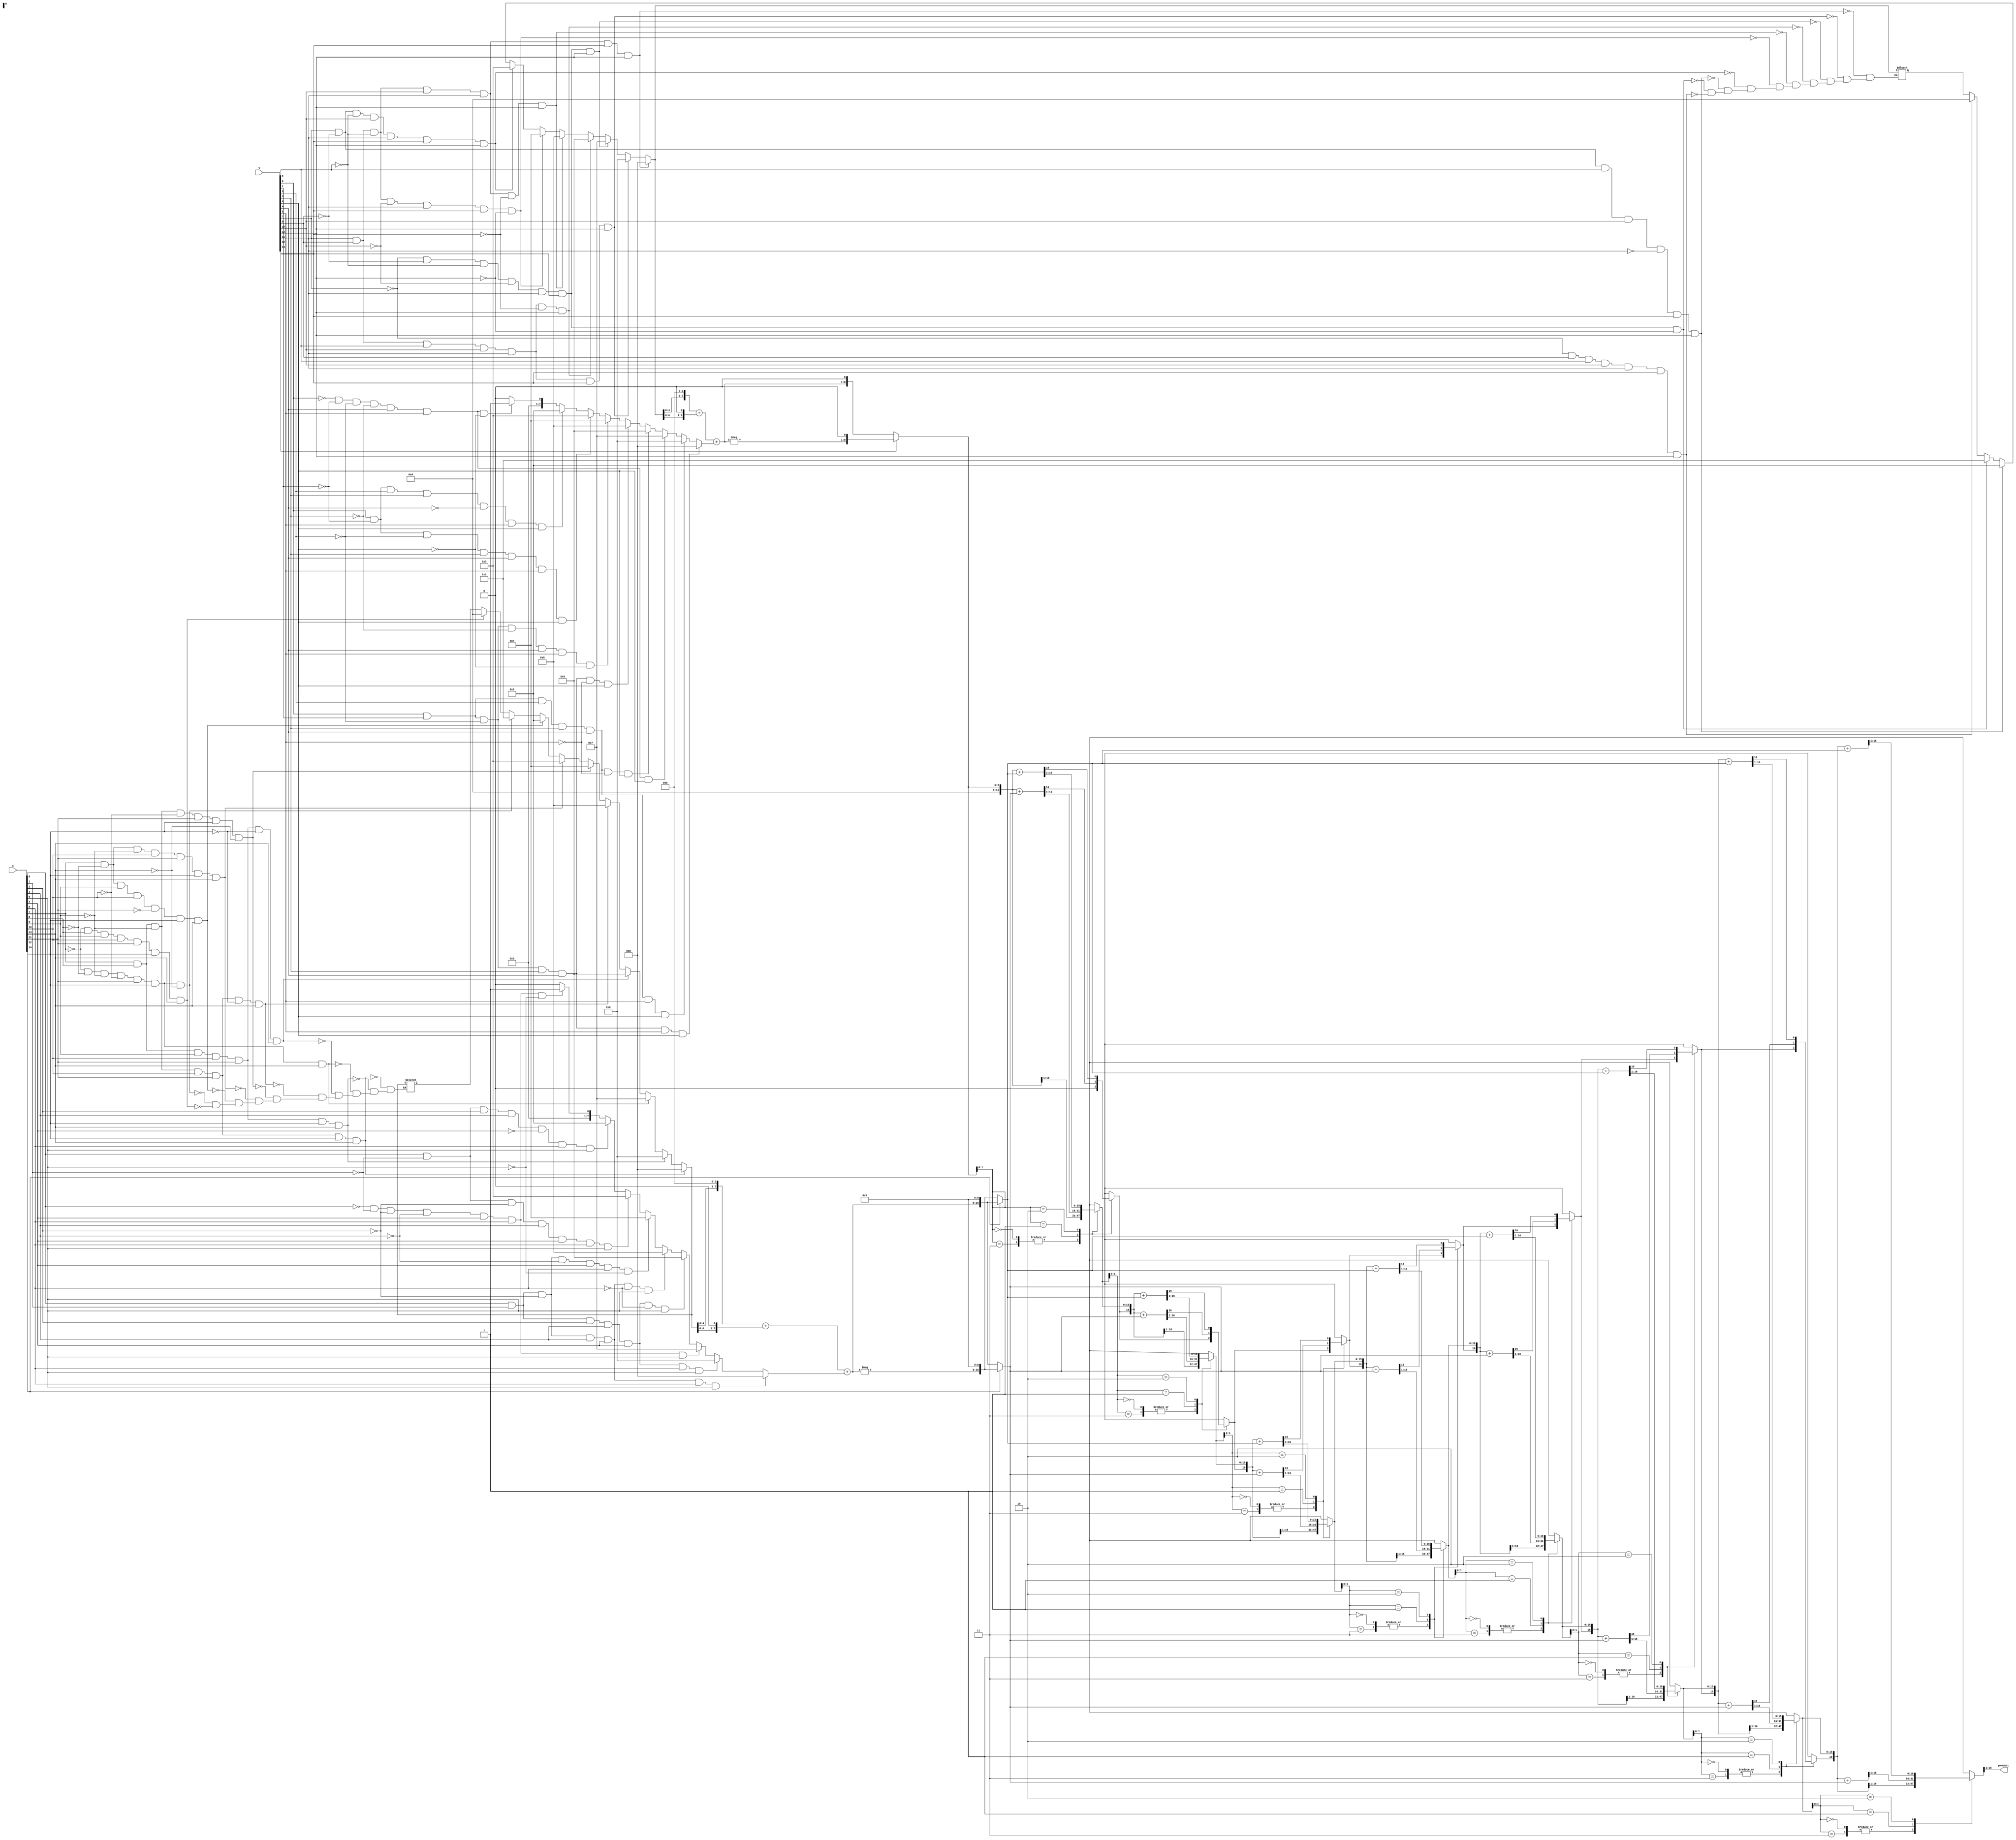
module multiplier(
	input [14:0] x,
	input [14:0] y,
	output[14:0] product
    );
	 
	 reg[3:0] i;
	 reg[7:0] s,d;
	 reg [16:0] A;
	 reg [16:0] S;
	 reg [16:0] P;

	reg signed [7:0] s1,s2,d1,d2,s3,s4,d3,d4,s5,d5;
	reg schimba=0;

always@(*) begin //decodificari
	//cifra din dreapta pt primul nr
	if(x[0]==0 && x[1]==1 && x[2]==1 && x[3]==1 && x[4]==1 && x[5]==1 && x[6]==1)
		s2=8'b00000000;
	if(x[0]==0 && x[1]==0 && x[2]==0 && x[3]==0 && x[4]==1 && x[5]==1 && x[6]==0)
		s2=8'b00000001;
	if(x[0]==1 && x[1]==0 && x[2]==1 && x[3]==1 && x[4]==0 && x[5]==1 && x[6]==1)
		s2=8'b00000010;	
	if(x[0]==1 && x[1]==0 && x[2]==0 && x[3]==1 && x[4]==1 && x[5]==1 && x[6]==1)
		s2=8'b00000011;	
	if(x[0]==1 && x[1]==1 && x[2]==0 && x[3]==0 && x[4]==1 && x[5]==1 && x[6]==0)
		s2=8'b00000100;
	if(x[0]==1 && x[1]==1 && x[2]==0 && x[3]==1 && x[4]==1 && x[5]==0 && x[6]==1)
		s2=8'b00000101;
	if(x[0]==1 && x[1]==1 && x[2]==1 && x[3]==1 && x[4]==1 && x[5]==0 && x[6]==1)
		s2=8'b00000110;
	if(x[0]==0 && x[1]==0 && x[2]==0 && x[3]==0 && x[4]==1 && x[5]==1 && x[6]==1)
		s2=8'b00000111;
	if(x[0]==1 && x[1]==1 && x[2]==1 && x[3]==1 && x[4]==1 && x[5]==1 && x[6]==1)
		s2=8'b00001000;
	if(x[0]==1 && x[1]==1 && x[2]==0 && x[3]==1 && x[4]==1 && x[5]==1 && x[6]==1)
		s2=8'b00001001;
		
	//cifra din stanga pt primul nr
	if(x[7]==0 && x[8]==1 && x[9]==1 && x[10]==1 && x[11]==1 && x[12]==1 && x[13]==1)
		s1=8'b00000000;
	if(x[7]==0 && x[8]==0 && x[9]==0 && x[10]==0 && x[11]==1 && x[12]==1 && x[13]==0)
		s1=8'b00000001;
	if(x[7]==1 && x[8]==0 && x[9]==1 && x[10]==1 && x[11]==0 && x[12]==1 && x[13]==1)
		s1=8'b00000010;	
	if(x[7]==1 && x[8]==0 && x[9]==0 && x[10]==1 && x[11]==1 && x[12]==1 && x[13]==1)
		s1=8'b00000011;	
	if(x[7]==1 && x[8]==1 && x[9]==0 && x[10]==0 && x[11]==1 && x[12]==1 && x[13]==0)
		s1=8'b00000100;
	if(x[7]==1 && x[8]==1 && x[9]==0 && x[10]==1 && x[11]==1 && x[12]==0 && x[13]==1)
		s1=8'b00000101;
	if(x[7]==1 && x[8]==1 && x[9]==1 && x[10]==1 && x[11]==1 && x[12]==0 && x[13]==1)
		s1=8'b00000110;
	if(x[7]==0 && x[8]==0 && x[9]==0 && x[10]==0 && x[11]==1 && x[12]==1 && x[13]==1)
		s1=8'b00000111;
	if(x[7]==1 && x[8]==1 && x[9]==1 && x[10]==1 && x[11]==1 && x[12]==1 && x[13]==1)
		s1=8'b00001000;
	if(x[7]==1 && x[8]==1 && x[9]==0 && x[10]==1 && x[11]==1 && x[12]==1 && x[13]==1)
		s1=8'b00001001;	
		
	//cifra din dreapta pt al 2lea nr
	if(y[0]==0 && y[1]==1 && y[2]==1 && y[3]==1 && y[4]==1 && y[5]==1 && y[6]==1)
		d2=8'b00000000;
	if(y[0]==0 && y[1]==0 && y[2]==0 && y[3]==0 && y[4]==1 && y[5]==1 && y[6]==0)
		d2=8'b00000001;
	if(y[0]==1 && y[1]==0 && y[2]==1 && y[3]==1 && y[4]==0 && y[5]==1 && y[6]==1)
		d2=8'b00000010;	
	if(y[0]==1 && y[1]==0 && y[2]==0 && y[3]==1 && y[4]==1 && y[5]==1 && y[6]==1)
		d2=8'b00000011;	
	if(y[0]==1 && y[1]==1 && y[2]==0 && y[3]==0 && y[4]==1 && y[5]==1 && y[6]==0)
		d2=8'b00000100;
	if(y[0]==1 && y[1]==1 && y[2]==0 && y[3]==1 && y[4]==1 && y[5]==0 && y[6]==1)
		d2=8'b00000101;
	if(y[0]==1 && y[1]==1 && y[2]==1 && y[3]==1 && y[4]==1 && y[5]==0 && y[6]==1)
		d2=8'b00000110;
	if(y[0]==0 && y[1]==0 && y[2]==0 && y[3]==0 && y[4]==1 && y[5]==1 && y[6]==1)
		d2=8'b00000111;
	if(y[0]==1 && y[1]==1 && y[2]==1 && y[3]==1 && y[4]==1 && y[5]==1 && y[6]==1)
		d2=8'b00001000;
	if(y[0]==1 && y[1]==1 && y[2]==0 && y[3]==1 && y[4]==1 && y[5]==1 && y[6]==1)
		d2=8'b00001001;
		
	//cifra din stanga pt al doilea nr
	if(y[7]==0 && y[8]==1 && y[9]==1 && y[10]==1 && y[11]==1 && y[12]==1 && y[13]==1)
		d1=8'b00000000;
	if(y[7]==0 && y[8]==0 && y[9]==0 && y[10]==0 && y[11]==1 && y[12]==1 && y[13]==0)
		d1=8'b00000001;
	if(y[7]==1 && y[8]==0 && y[9]==1 && y[10]==1 && y[11]==0 && y[12]==1 && y[13]==1)
		d1=8'b00000010;	
	if(y[7]==1 && y[8]==0 && y[9]==0 && y[10]==1 && y[11]==1 && y[12]==1 && y[13]==1)
		d1=8'b00000011;	
	if(y[7]==1 && y[8]==1 && y[9]==0 && y[10]==0 && y[11]==1 && y[12]==1 && y[13]==0)
		d1=8'b00000100;
	if(y[7]==1 && y[8]==1 && y[9]==0 && y[10]==1 && y[11]==1 && y[12]==0 && y[13]==1)
		d1=8'b00000101;
	if(y[7]==1 && y[8]==1 && y[9]==1 && y[10]==1 && y[11]==1 && y[12]==0 && y[13]==1)
		d1=8'b00000110;
	if(y[7]==0 && y[8]==0 && y[9]==0 && y[10]==0 && y[11]==1 && y[12]==1 && y[13]==1)
		d1=8'b00000111;
	if(y[7]==1 && y[8]==1 && y[9]==1 && y[10]==1 && y[11]==1 && y[12]==1 && y[13]==1)
		d1=8'b00001000;
	if(y[7]==1 && y[8]==1 && y[9]==0 && y[10]==1 && y[11]==1 && y[12]==1 && y[13]==1)
		d1=8'b00001001;	
	
	// formarea numarului din stanga in binar	
	s3=s1<<3;
	s4=s1<<1;
	s5=s3+s4;
	s=s5+s2;
	
	//formarea numarului din dreapta in binar
	d3=d1<<3;
	d4=d1<<1;
	d5=d3+d4;
	d=d5+d2;
end		


//alg Booth	

always @(*) begin
	if(x[14]==1)
		begin
	A={-s, 9'b000000000};
	S={s, 9'b000000000};
		end
	else 
		begin
	A={s, 9'b000000000};
	S={-s, 9'b000000000};
		end
	
	if(y[14]==1) begin
		P={8'b00000000,-d,1'b0};
	end
		else begin
		P={8'b00000000,d,1'b0};
	end
	
	for(i=0;i<8;i=i+1) begin
	
		case(P[1:0])
	
		2'b00,2'b11:begin
			schimba=P[16];
			P=P>>1;
			P[16]=schimba;
			end
	
		2'b01:begin	
			P[16:0]=P+A;
			schimba=P[16];
			P=P>>1;
			P[16]=schimba;
			end
	
		2'b10:begin
			P[16:0]=P+S;
			schimba=P[16];
			P=P>>1;
			P[16]=schimba;
			end
			
		endcase	
	end
end	
	assign product=P[16:1];
endmodule